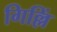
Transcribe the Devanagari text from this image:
गिल्लिं